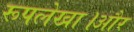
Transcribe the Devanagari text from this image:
रूपलेखा।और